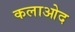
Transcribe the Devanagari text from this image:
कलाओद